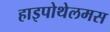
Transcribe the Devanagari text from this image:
हाइपोथेलमस